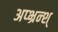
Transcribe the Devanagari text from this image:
अप्भ्रन्श्